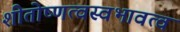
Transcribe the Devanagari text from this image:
शीतोष्णत्वस्वभावत्वं